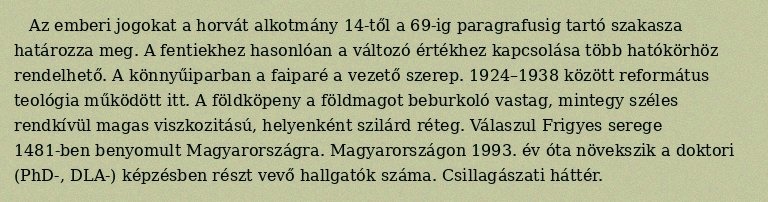
Az emberi jogokat a horvát alkotmány 14-től a 69-ig paragrafusig tartó szakasza határozza meg. A fentiekhez hasonlóan a változó értékhez kapcsolása több hatókörhöz rendelhető. A könnyűiparban a faiparé a vezető szerep. 1924–1938 között református teológia működött itt. A földköpeny a földmagot beburkoló vastag, mintegy széles rendkívül magas viszkozitású, helyenként szilárd réteg. Válaszul Frigyes serege 1481-ben benyomult Magyarországra. Magyarországon 1993. év óta növekszik a doktori (PhD-, DLA-) képzésben részt vevő hallgatók száma. Csillagászati háttér.